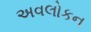
અવલોકન